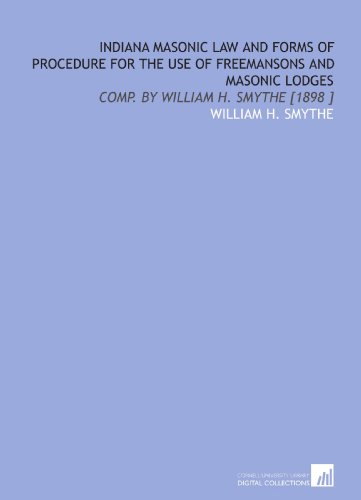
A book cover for Indiana Masonic Law and Forms of Procedure for the Use of Freemansons and Masonic Lodges: Comp. By William H. Smythe [1898 ]; William H. Smythe; Religion & Spirituality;